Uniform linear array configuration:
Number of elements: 64
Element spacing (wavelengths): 1
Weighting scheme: hann
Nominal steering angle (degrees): -60
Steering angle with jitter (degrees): -59.802
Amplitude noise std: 0.05
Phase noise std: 0.05

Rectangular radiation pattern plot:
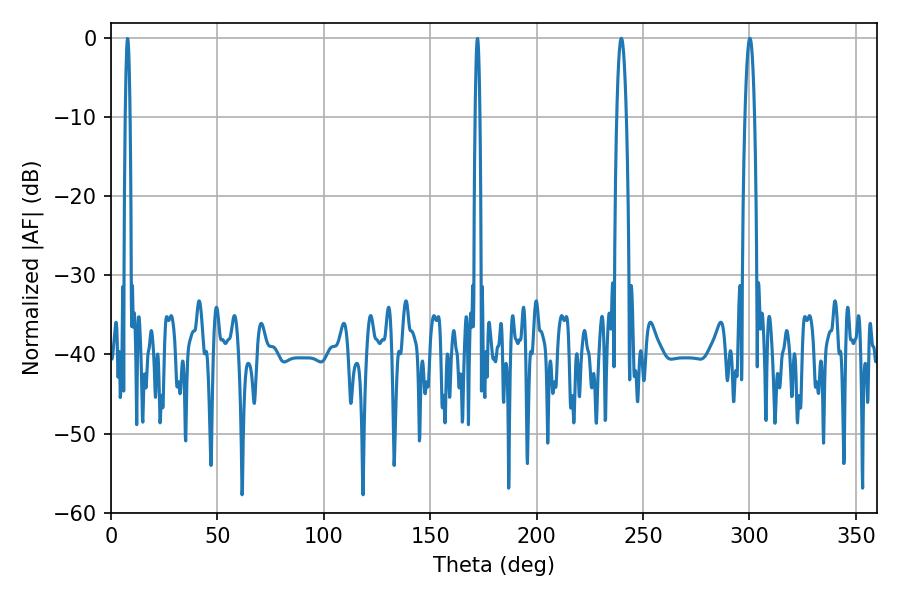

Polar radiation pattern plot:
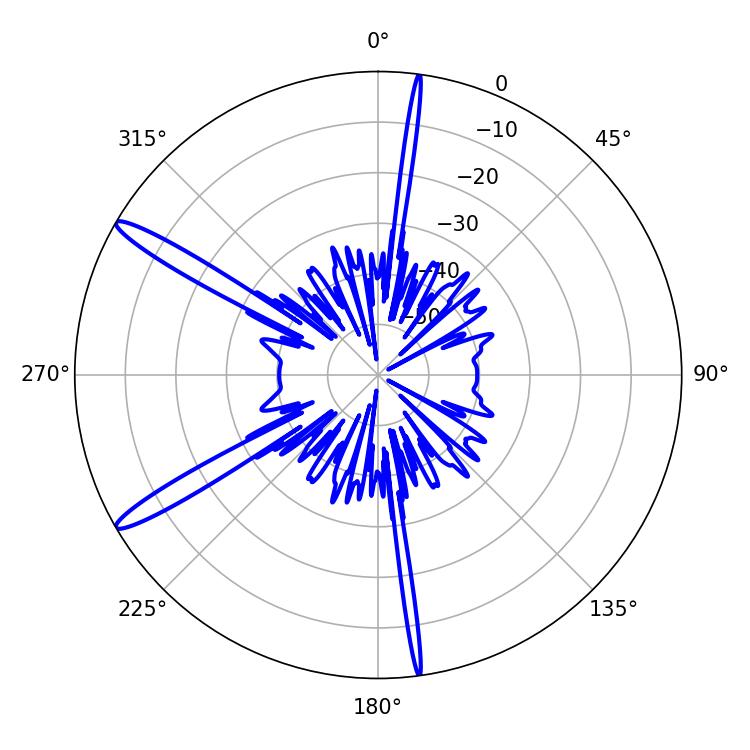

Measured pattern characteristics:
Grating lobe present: TRUE
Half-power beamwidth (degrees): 2.34
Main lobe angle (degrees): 300.24